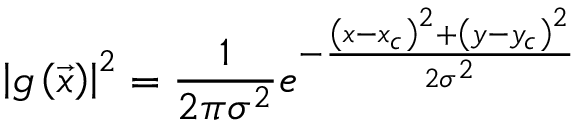
\left| g \left( \vec { x } \right) \right| ^ { 2 } = \frac { 1 } { 2 \pi \sigma ^ { 2 } } e ^ { - \frac { \left( x - x _ { c } \right) ^ { 2 } + \left( y - y _ { c } \right) ^ { 2 } } { 2 \sigma ^ { 2 } } }